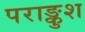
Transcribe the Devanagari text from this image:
पराङ्कुश